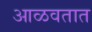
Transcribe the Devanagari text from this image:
आळवतात